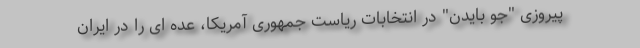
پیروزی "جو بایدن" در انتخابات ریاست جمهوری آمریکا، عده ای را در ایران